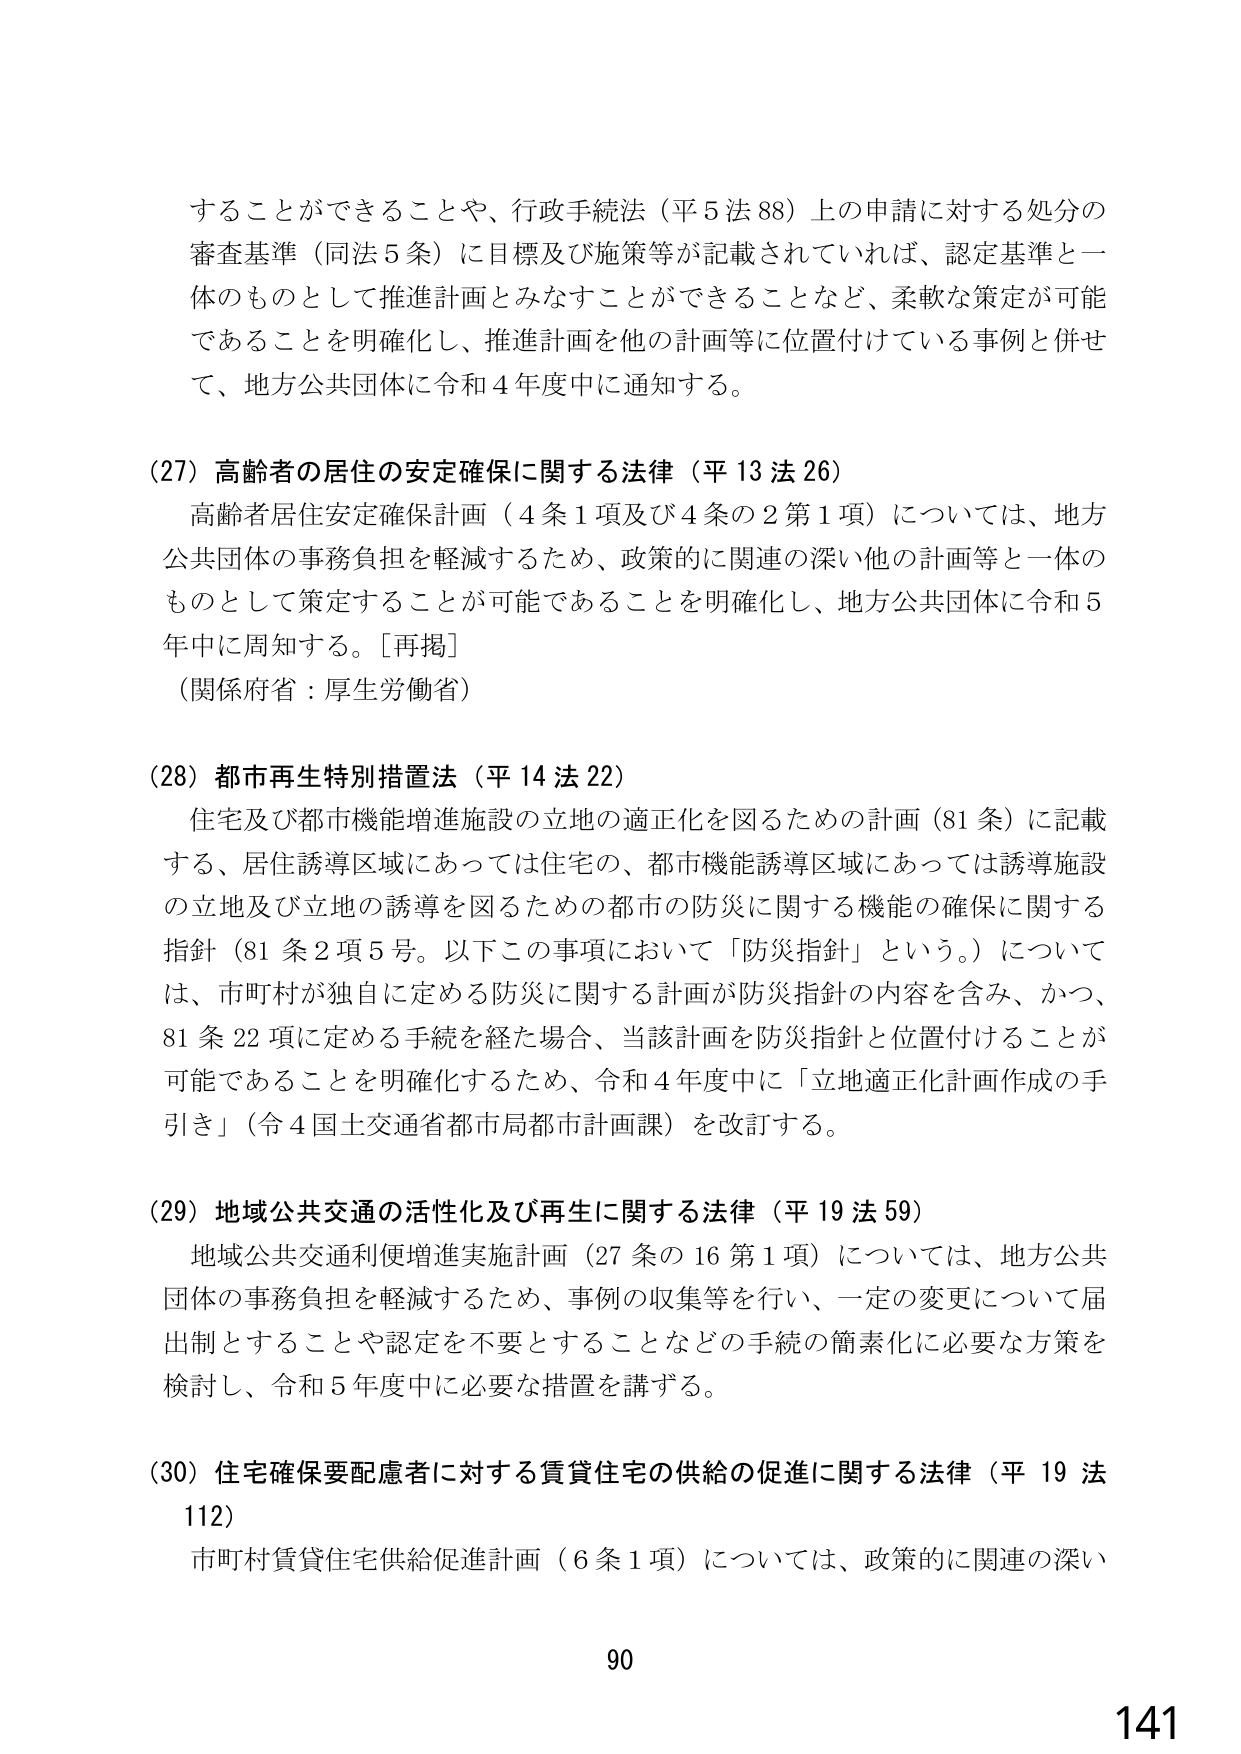
することことができることや、行政手続法（平５法８８）上の申請に対する処分の
審査基準（同法５条）に目標及び施策等が記載されていれば、認定基準と一
体のものとして推進計画とみなすことができるなど、柔軟な策定が可能
であることを明確化し、推進計画を他の計画等に位置付けている事例と併せ
て、地方公共団体に令和４年度中に通知する。

（27）高齢者の居住の安定確保に関する法律（平13法26）
　高齢者居住安定確保計画（4条1項及び4条の2第1項）については、地方
公共団体の事務負担を軽減するため、政策的に関連の深い他の計画等と一体の
ものとして策定することが可能であることを明確化し、地方公共団体に令和5
年中に周知する。［再掲］
　（関係府省：厚生労働省）

（28）都市再生特別措置法（平14法22）
　住宅及び都市機能増進施設の立地の適正化を図るための計画（81条）に記載
する、居住誘導区域にあっては住宅の、都市機能誘導区域にあっては誘導施設
の立地及び立地の誘導を図るための都市の防災に関する機能の確保に関する
指針（81条2項5号。以下この事項において「防災指針」という。）について
は、市町村が独自に定める防災に関する計画が防災指針の内容を含み、かつ、
81条22項に定める手続を経た場合、当該計画を防災指針と位置付けることが
可能であることを明確化するため、令和4年度中に「立地適正化計画作成の手
引き」（令4国土交通省都市局都市計画課）を改訂する。

（29）地域公共交通の活性化及び再生に関する法律（平19法59）
　地域公共交通利便増進実施計画（27条の16第1項）については、地方公共
団体の事務負担を軽減するため、事例の収集等を行い、一定の変更について届
出制とすることや認定を不要とすることなどの手続の簡素化に必要な方策を
検討し、令和5年度中に必要な措置を講ずる。

（30）住宅確保要配慮者に対する賃貸住宅の供給の促進に関する法律（平19法
112）
　市町村賃貸住宅供給促進計画（6条1項）については、政策的に関連の深い

90
141